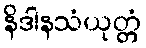
နိဒါနသံယုတ္တံ